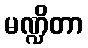
မဏ္ဍိတာ